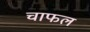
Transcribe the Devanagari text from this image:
चाफल